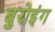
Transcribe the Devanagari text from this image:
बुरोइंग